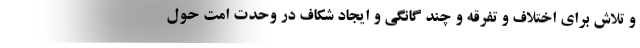
و تلاش برای اختلاف و تفرقه و چند گانگی و ایجاد شکاف در وحدت امت حول